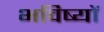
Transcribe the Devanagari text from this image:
भविष्यों